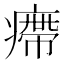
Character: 㿃